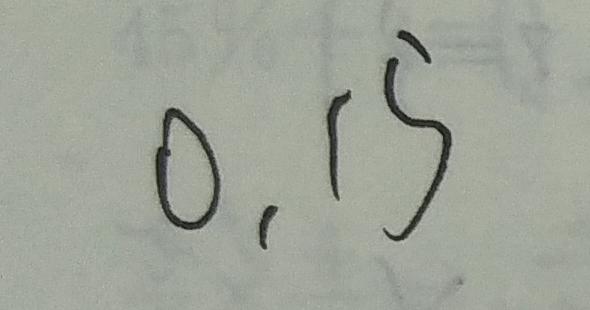
0 . 1 5